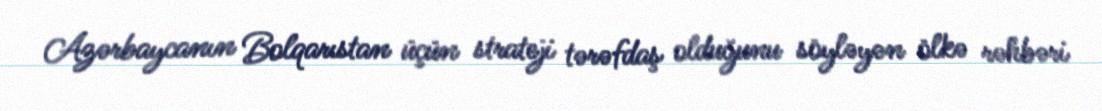
Azərbaycanın Bolqarıstan üçün strateji tərəfdaş olduğunu söyləyən ölkə rəhbəri